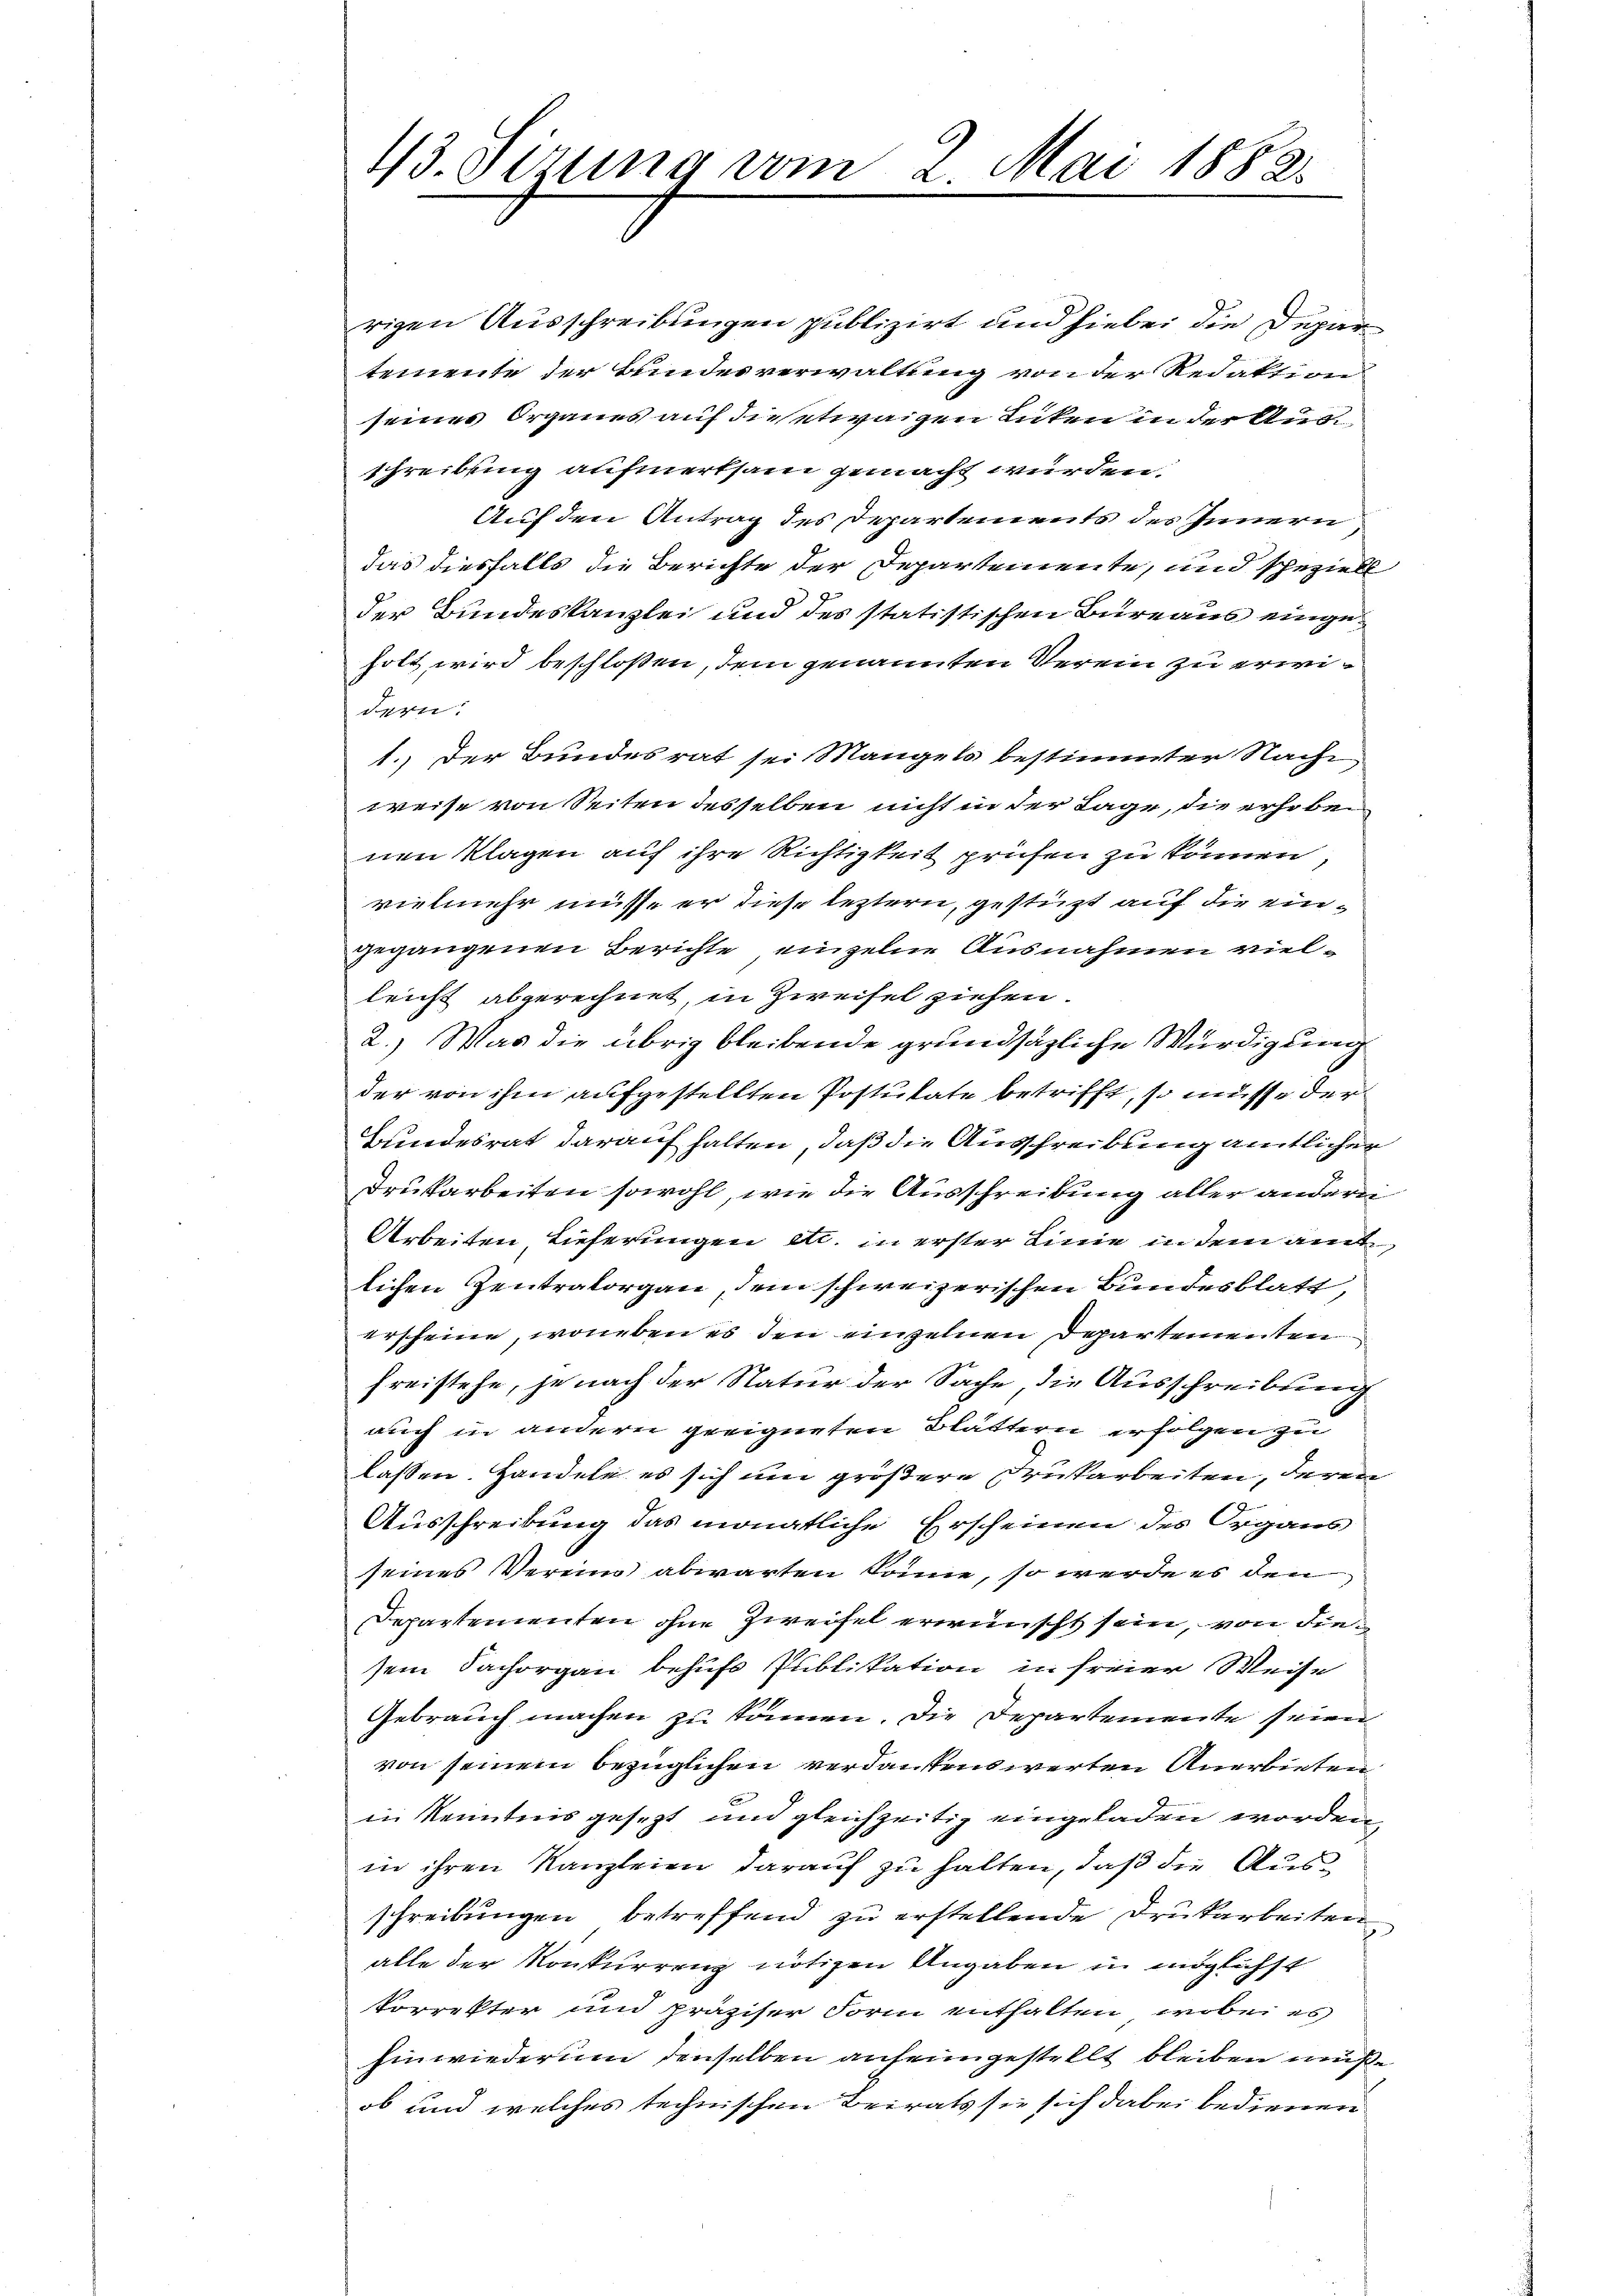
43. Sirung vom 2. Mai 1882.

rigen Ausschreibungen publizirt und hiebei die Depar
temente der Bundesverwaltung von der Redaktion
seines Organes auf die etwaigen Lücken in der Aus¬
Schreibung aufmerksam gemacht wurden.
Auf den Antrag des Departements des Innern
das diesfalls die Berichte der Departemente, und speziell
der Bundeskanzlei und des statistischen Bureaus eingeholt wird beschloßen, dem genannten Verein zu erwidern.
1.) Der Bundesrat sei Mangels bestimmter Nacht
weise von Seiten desselben nicht in der Lage, die erhoben
nen Klagen auf ihre Richtigkeit prüfen zu können
vielmehr müsse er diese leztern, gestüzt auf die eingegangenen Berichte einzelne Ausnahmen vielleicht abgerechnet, in Zweifel ziehen.
2.) Was die übrig bleibende grundsätzliche Würdigung
der von ihm aufgestellten Postulate betrifft, so müsse der
Bundesrat darauf halten, daß die Ausschreibung amtlichen
Drukarbeiten sowohl, wie die Ausschreibung aller andern
Arbeiten, Lieferungen etc. in erster Linie in dem amt
lichen Zentratorgan, dem schweizerischen Bundesblatt,
erscheine, woneben es den einzelnen Departementen
freistehe, je nach der Natur der Sache, die Ausschreibung
auch in andern geeigneten Blättern erfolgen zu
lassen. Handele es sich um größere Drukarbeiten, deren
Ausschreibung das monatliche Erscheinen des Organs
seines Vermin abwarten könne, so werde es den
Departementen ohne Zweifel erwünscht sein, von die
sein Sachorgan behufs Publikation in freier Weise
Gebrauch machen zu können. Die Departemente seien
von seinem bezüglichen verdankenswerten Anerbieten
in Kenntnis gesezt und gleichzeitig eingeladen worden,
in ihren Kanzleien darauf zu halten, daß die Ausschreibungen betreffend zu erstellende Drukarbeiten
alle der Konkurrenz nötigen Angaben in möglichst
korrekter und präziser Form enthalten, wobei es
hinwiederum denselben anfeingestellt bleiben müße
ob und welches technischen Beirats sie sich dabei bedienen